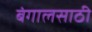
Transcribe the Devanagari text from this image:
बंगालसाठी